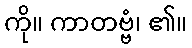
ကို။ ကာတဗ္ဗံ၊ ၏။